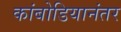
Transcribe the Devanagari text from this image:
कांबोडियानंतर